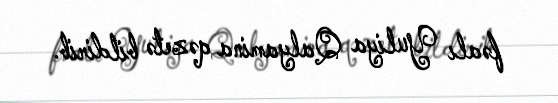
fəalı Yuliya Qalyamina qəzetə bildirib.